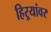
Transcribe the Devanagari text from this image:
हिऱ्यांवर